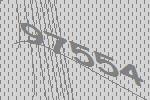
97554